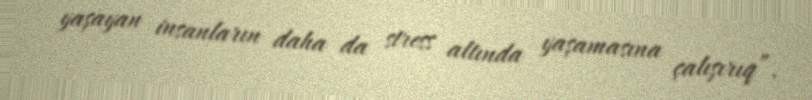
yaşayan insanların daha da stress altında yaşamasına çalışırıq”.